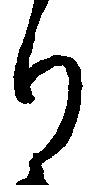
り